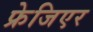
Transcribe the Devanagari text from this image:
फ्रेजिएर